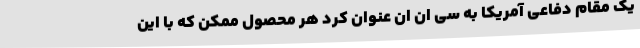
یک مقام دفاعی آمریکا به سی ان ان عنوان کرد هر محصول ممکن که با این